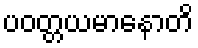
ပဝတ္တယမာနောတိ